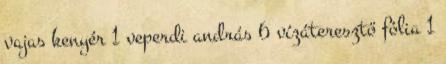
vajas kenyér 1 veperdi andrás 6 vízáteresztő fólia 1